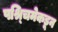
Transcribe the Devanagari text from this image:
पश्र्चिमेकडून